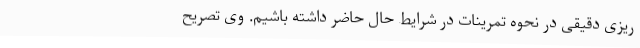
ریزی دقیقی در نحوه تمرینات در شرایط حال حاضر داشته باشیم. وی تصریح